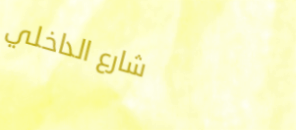
شارع الداخلي